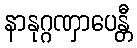
နာနုဂ္ဂဏှာပေန္တီ